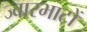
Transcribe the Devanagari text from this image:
ज्वारभाटों